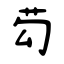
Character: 芶